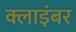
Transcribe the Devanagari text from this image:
क्लाइंबर